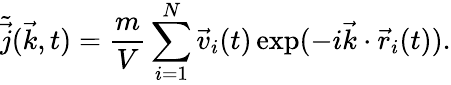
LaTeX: \tilde{\vec{j}}(\vec{k},t)=\frac{m}{V}\sum_{i=1}^{N}\vec{v}_{i}(t)\exp(-i\vec{k}\cdot\vec{r}_{i}(t)).